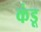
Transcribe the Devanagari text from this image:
कंडू